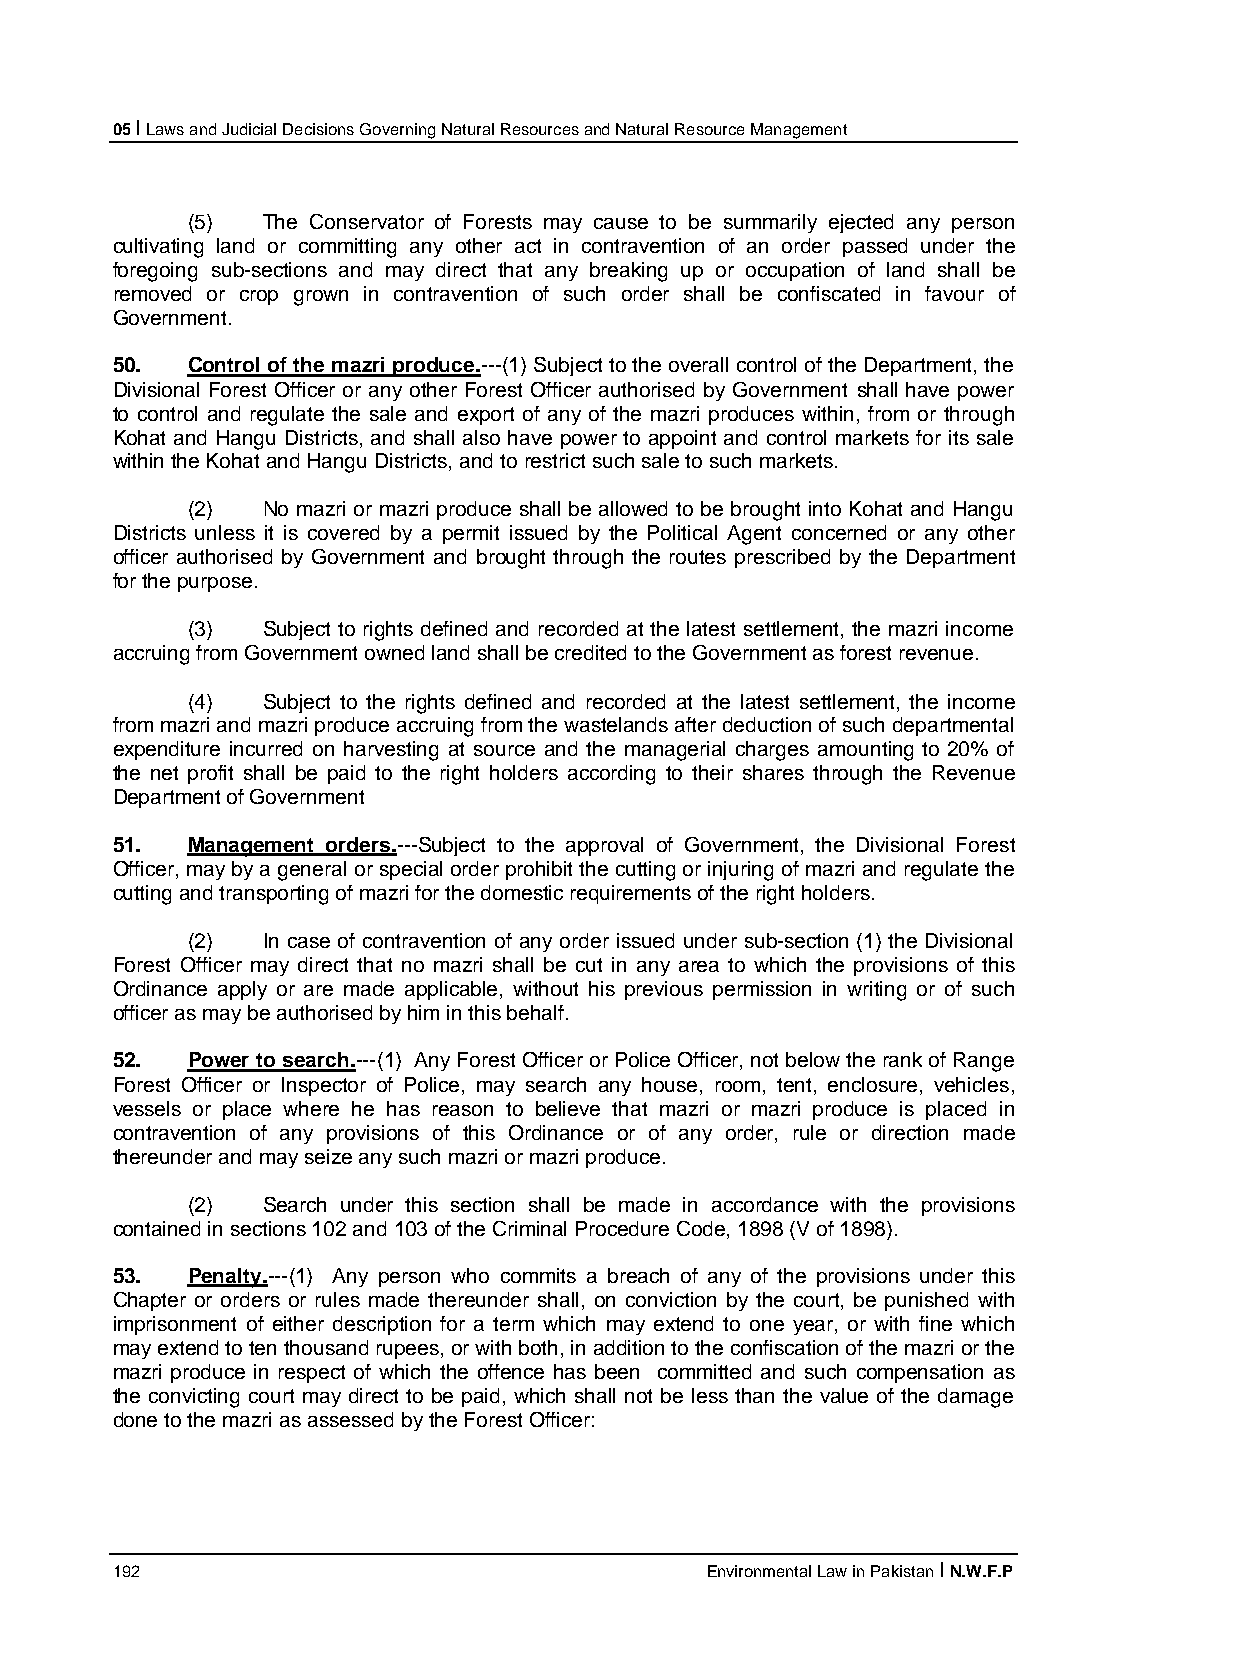
05 I Laws and Judicial Decisions Governing Natural Resources and Natural Resource Management
 (5)  The Conservator of Forests may cause to be summarily ejected any person
 cultivating land or committing any other act in contravention of an order passed under the
 foregoing sub-sections and may direct that any breaking up or occupation of land shall be
 removed or crop grown in contravention of such order shall be confiscated in favour of
 Government.
 50.  Control of the mazri produce.---(1) Subject to the overall control of the Department, the
 Divisional Forest Officer or any other Forest Officer authorised by Government shall have power
 to control and regulate the sale and export of any of the mazri produces within, from or through
 Kohat and Hangu Districts, and shall also have power to appoint and control markets for its sale
 within the Kohat and Hangu Districts, and to restrict such sale to such markets.
 (2)  No mazri or mazri produce shall be allowed to be brought into Kohat and Hangu
 Districts unless it is covered by a permit issued by the Political Agent concerned or any other
 officer authorised by Government and brought through the routes prescribed by the Department
 for the purpose.
 (3)  Subject to rights defined and recorded at the latest settlement, the mazri income
 accruing from Government owned land shall be credited to the Government as forest revenue.
 (4)  Subject to the rights defined and recorded at the latest settlement, the income
 from mazri and mazri produce accruing from the wastelands after deduction of such departmental
 expenditure incurred on harvesting at source and the managerial charges amounting to 20% of
 the net profit shall be paid to the right holders according to their shares through the Revenue
 Department of Government
 51.  Management orders.---Subject to the approval of Government, the Divisional Forest
 Officer, may by a general or special order prohibit the cutting or injuring of mazri and regulate the
 cutting and transporting of mazri for the domestic requirements of the right holders.
 (2)  In case of contravention of any order issued under sub-section (1) the Divisional
 Forest Officer may direct that no mazri shall be cut in any area to which the provisions of this
 Ordinance apply or are made applicable, without his previous permission in writing or of such
 officer as may be authorised by him in this behalf.
 52.  Power to search.---(1) Any Forest Officer or Police Officer, not below the rank of Range
 Forest Officer or Inspector of Police, may search any house, room, tent, enclosure, vehicles,
 vessels or place where he has reason to believe that mazri or mazri produce is placed in
 contravention of any provisions of this Ordinance or of any order, rule or direction made
 thereunder and may seize any such mazri or mazri produce.
 (2)  Search under this section shall be made in accordance with the provisions
 contained in sections 102 and 103 of the Criminal Procedure Code, 1898 (V of 1898).
 53.  Penalty.---(1) Any person who commits a breach of any of the provisions under this
 Chapter or orders or rules made thereunder shall, on conviction by the court, be punished with
 imprisonment of either description for a term which may extend to one year, or with fine which
 may extend to ten thousand rupees, or with both, in addition to the confiscation of the mazri or the
 mazri produce in respect of which the offence has been committed and such compensation as
 the convicting court may direct to be paid, which shall not be less than the value of the damage
 done to the mazri as assessed by the Forest Officer:
 192                                     Environmental Law in Pakistan I N.W.F.P